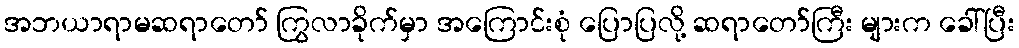
အဘယာရာမဆရာတော် ကြွလာခိုက်မှာ အကြောင်းစုံ ပြောပြလို့ ဆရာတော်ကြီး များက ခေါ်ပြီး